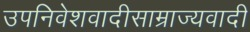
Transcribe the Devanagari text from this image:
उपनिवेशवादीसाम्राज्यवादी